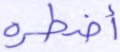
أضطره